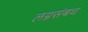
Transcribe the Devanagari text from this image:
लग्नसंबध